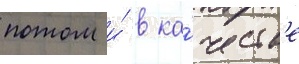
потом и́ в ка́честв'е